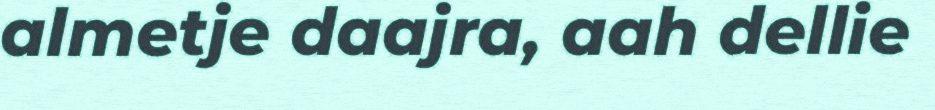
almetje daajra, aah dellie